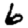
Digit: 6